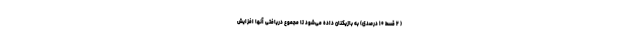
( ۲ قسط ۱۰ درصدی) به بازیکنان داده می‌شود تا مجموع دریافتی آنها افزایش